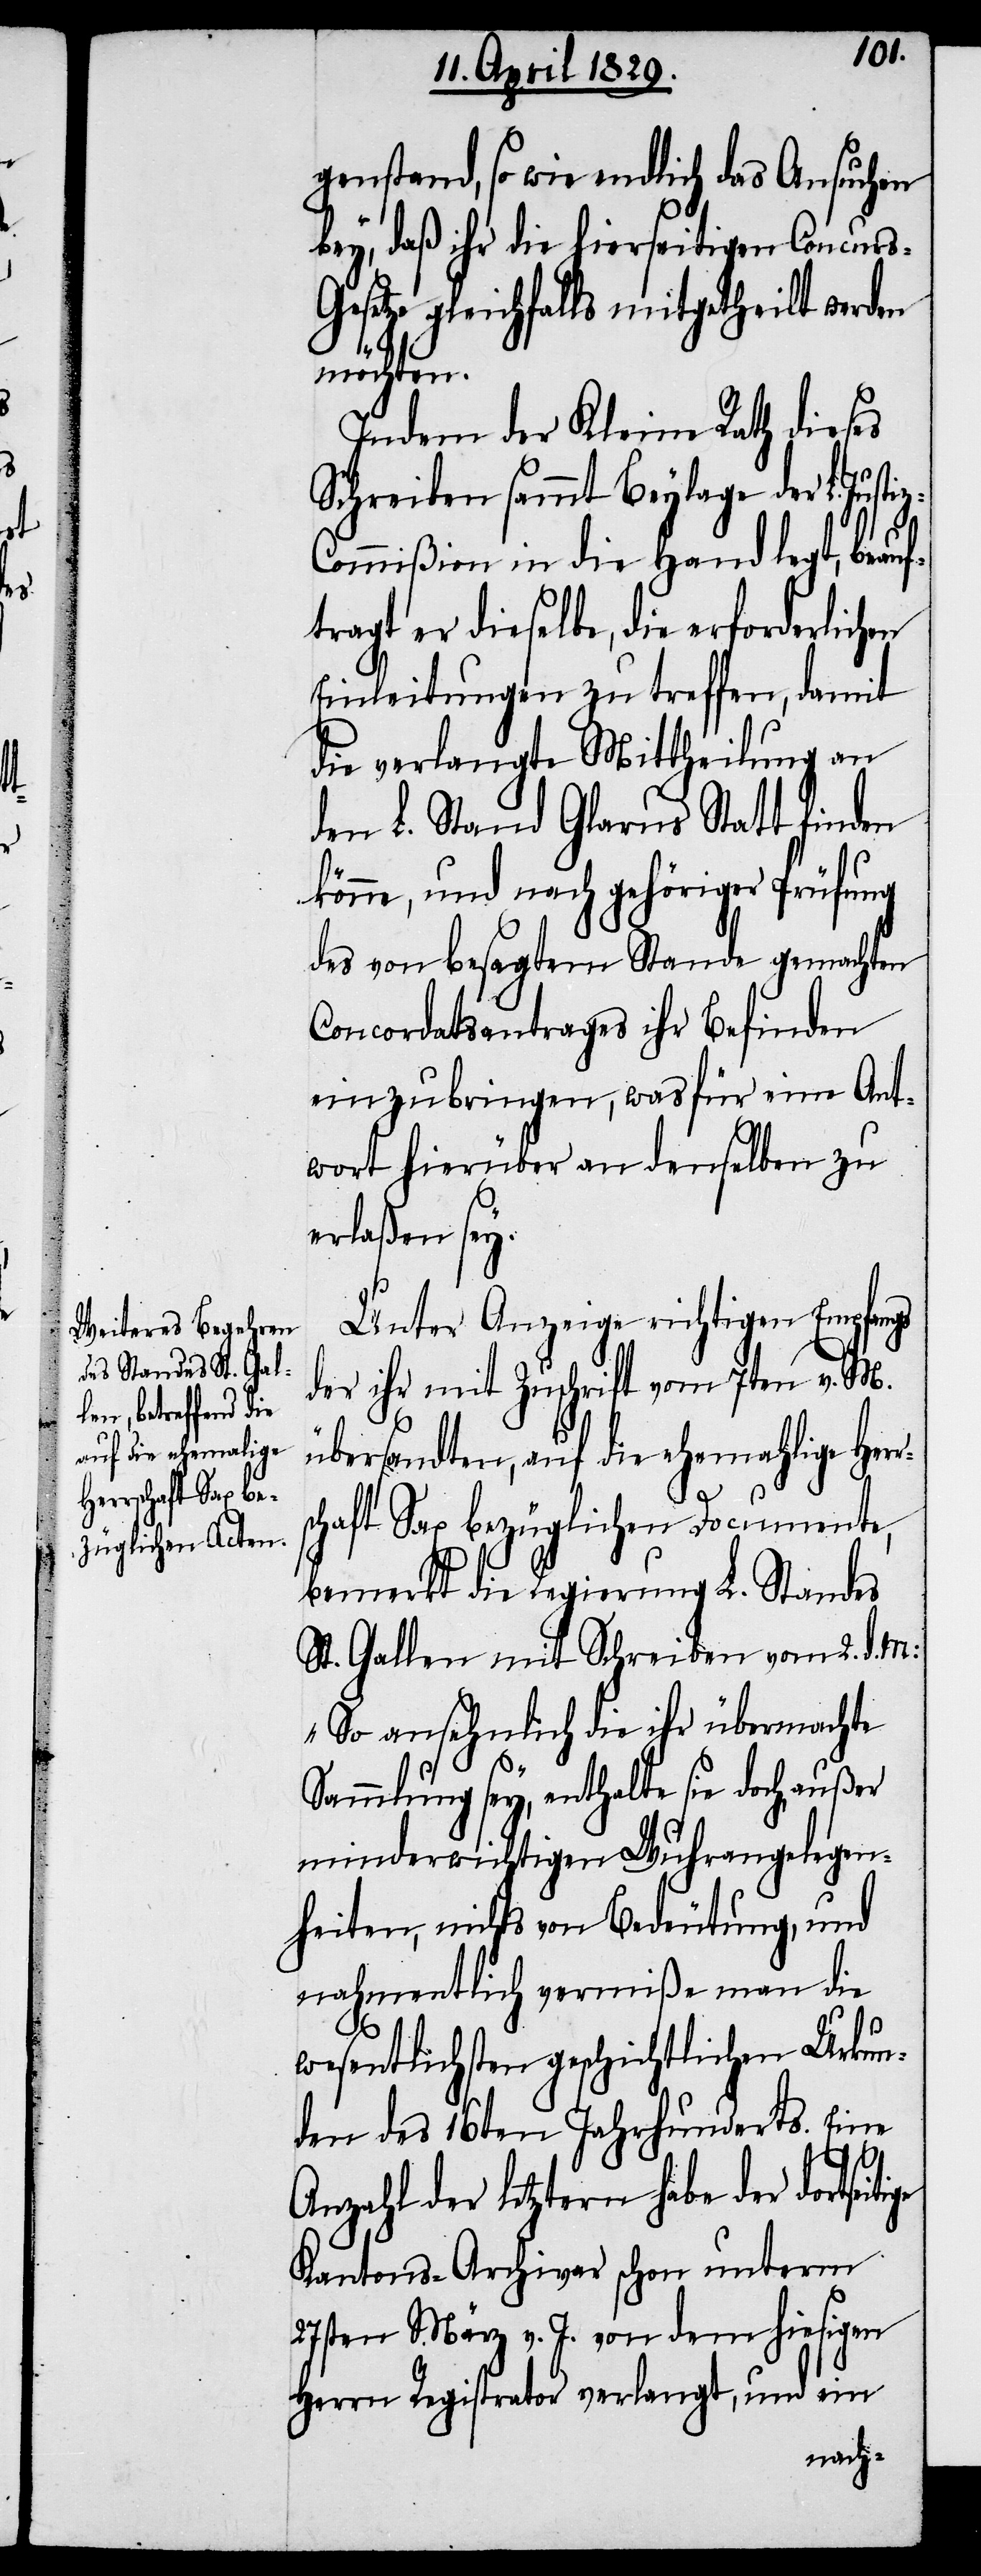
genstand, so wie endlich das Ansuchen
bey, daß ihr die hierseitigen Concurs-G¬
setze gleichfalls mitgetheilt werden
möchten.
Indem der Kleine Rath dieses
Schreiben sammt Beylage der L. Just¬
tige
z-Commißion in die Hand legt, beauft¬
ragt er dieselbe, die erforderlich¬
Einleitungen zu treffen, damit
die verlangte Mittheilung an
den L. Stand Glarus Statt finden
könne, und nach gehöriger Prüfung
des von besagtem Stande gemachten
Concordatsantrages ihr Befinden
einzubringen, was für eine Ant¬
wort hierüber an denselben zu
erlaßen sey.
Unter Anzeige richtigen Empfangs
der ihr mit Zuschrift vom 7ten v. M.
übersandten, auf die ehemahlige Her¬
r¬
schaft Sax bezüglichen Documente,
bemerkt die Regierung L. Standes
St. Gallen mit Schreiben vom 2. d. M:
„So ansehnlich die ihr übermachte
Sammlung sey, enthalte sie doch, außer
minderwichtigen Wuhrangelegen¬
heiten, nichts von Bedeutung, und
nahmentlich vermiße man die
wesentlichsten geschichtlichen Urkun¬
den des 16ten Jahrhunderts. Eine
Anzahl der letztern habe der dortsei¬
Kantons-Archivar schon unterm
27sten März v. J. von dem hiesigen
Herrn Registrator verlangt, und ein